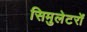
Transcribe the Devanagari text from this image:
सिमुलेटरों